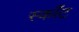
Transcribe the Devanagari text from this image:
स्काँट